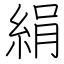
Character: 絹